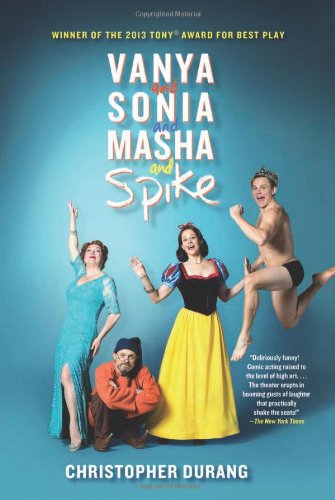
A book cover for Vanya and Sonia and Masha and Spike; Christopher Durang; Literature & Fiction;